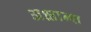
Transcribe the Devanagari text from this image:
अक्षान्श